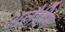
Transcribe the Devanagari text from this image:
अलैहिम